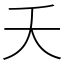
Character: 夭